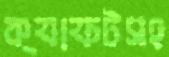
ক্যাফটসহ